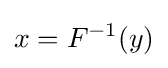
x=F^{-1}(y)